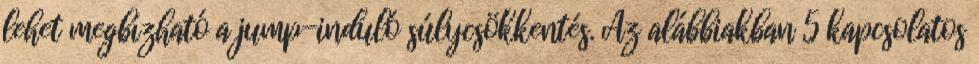
lehet megbízható a jump-induló súlycsökkentés. Az alábbiakban 5 kapcsolatos